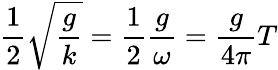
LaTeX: {\frac{1}{2}}{\sqrt{\frac{g}{k}}}={\frac{1}{2}}{\frac{g}{\omega}}={\frac{g}{4\pi}}T